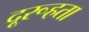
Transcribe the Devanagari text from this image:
दूरूहता